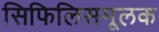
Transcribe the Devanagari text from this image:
सिफिलिसमूलक